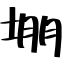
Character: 堋